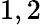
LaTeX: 1,2